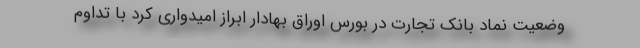
وضعیت نماد بانک تجارت در بورس اوراق بهادار ابراز امیدواری کرد با تداوم